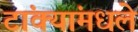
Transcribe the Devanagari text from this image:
टांक्यांमधले